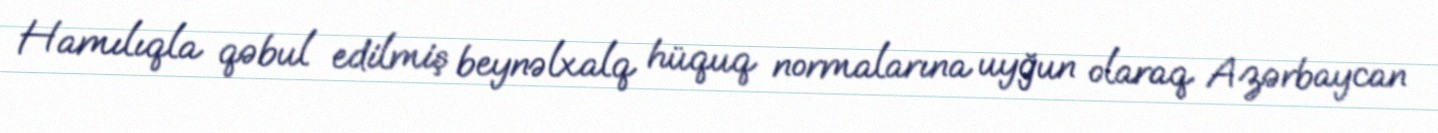
Hamılıqla qəbul edilmiş beynəlxalq hüquq normalarına uyğun olaraq Azərbaycan